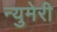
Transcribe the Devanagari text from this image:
न्युमेरी